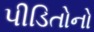
પીડિતોનો